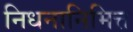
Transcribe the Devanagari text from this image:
निधनानिमित्त